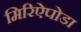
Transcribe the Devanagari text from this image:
मिरिऐपोडा